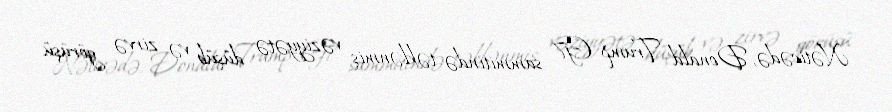
Nəticədə, Donald Trump G7 sammitində təklənmiş vəziyyətə düşüb və zirvə görüşü